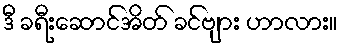
ဒီ ခရီးဆောင်အိတ် ခင်ဗျား ဟာလား။